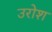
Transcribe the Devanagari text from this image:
उरोश